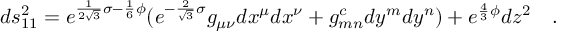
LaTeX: d s _ { 1 1 } ^ { 2 } = e ^ { \frac { 1 } { 2 \sqrt { 3 } } \sigma - \frac { 1 } { 6 } \phi } ( e ^ { - \frac { 2 } { \sqrt { 3 } } \sigma } g _ { \mu \nu } d x ^ { \mu } d x ^ { \nu } + g _ { m n } ^ { c } d y ^ { m } d y ^ { n } ) + e ^ { \frac { 4 } { 3 } \phi } d z ^ { 2 } \quad .